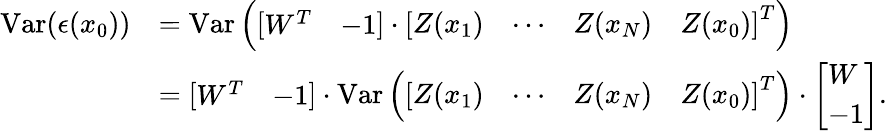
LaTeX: {\begin{array}{rl}{\operatorname{Var}(\epsilon(x_{0}))}&{=\operatorname{Var}\left({\left[\begin{array}{ll}{W^{T}}&{-1}\end{array}\right]}\cdot{\left[\begin{array}{llll}{Z(x_{1})}&{\cdots}&{Z(x_{N})}&{Z(x_{0})}\end{array}\right]}^{T}\right)}\\ &{={\left[\begin{array}{ll}{W^{T}}&{-1}\end{array}\right]}\cdot\operatorname{Var}\left({\left[\begin{array}{llll}{Z(x_{1})}&{\cdots}&{Z(x_{N})}&{Z(x_{0})}\end{array}\right]}^{T}\right)\cdot{\left[\begin{array}{l}{W}\\ {-1}\end{array}\right]}.}\end{array}}